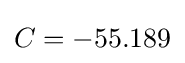
C=-55.189